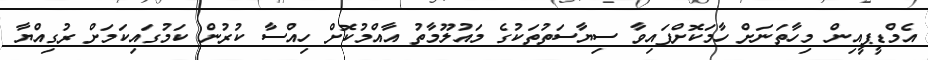
އެމްޑީޕީއިން މިހާތަނަށް ހާމަކޮށްފައިވާ ސިޔާސަތުތަކުގެ މައުލޫމާތު އާއްމުކޮށް ހިއްސާ ކުރުން ކަމުގައިކަމަށް ރުގިއްޔާ